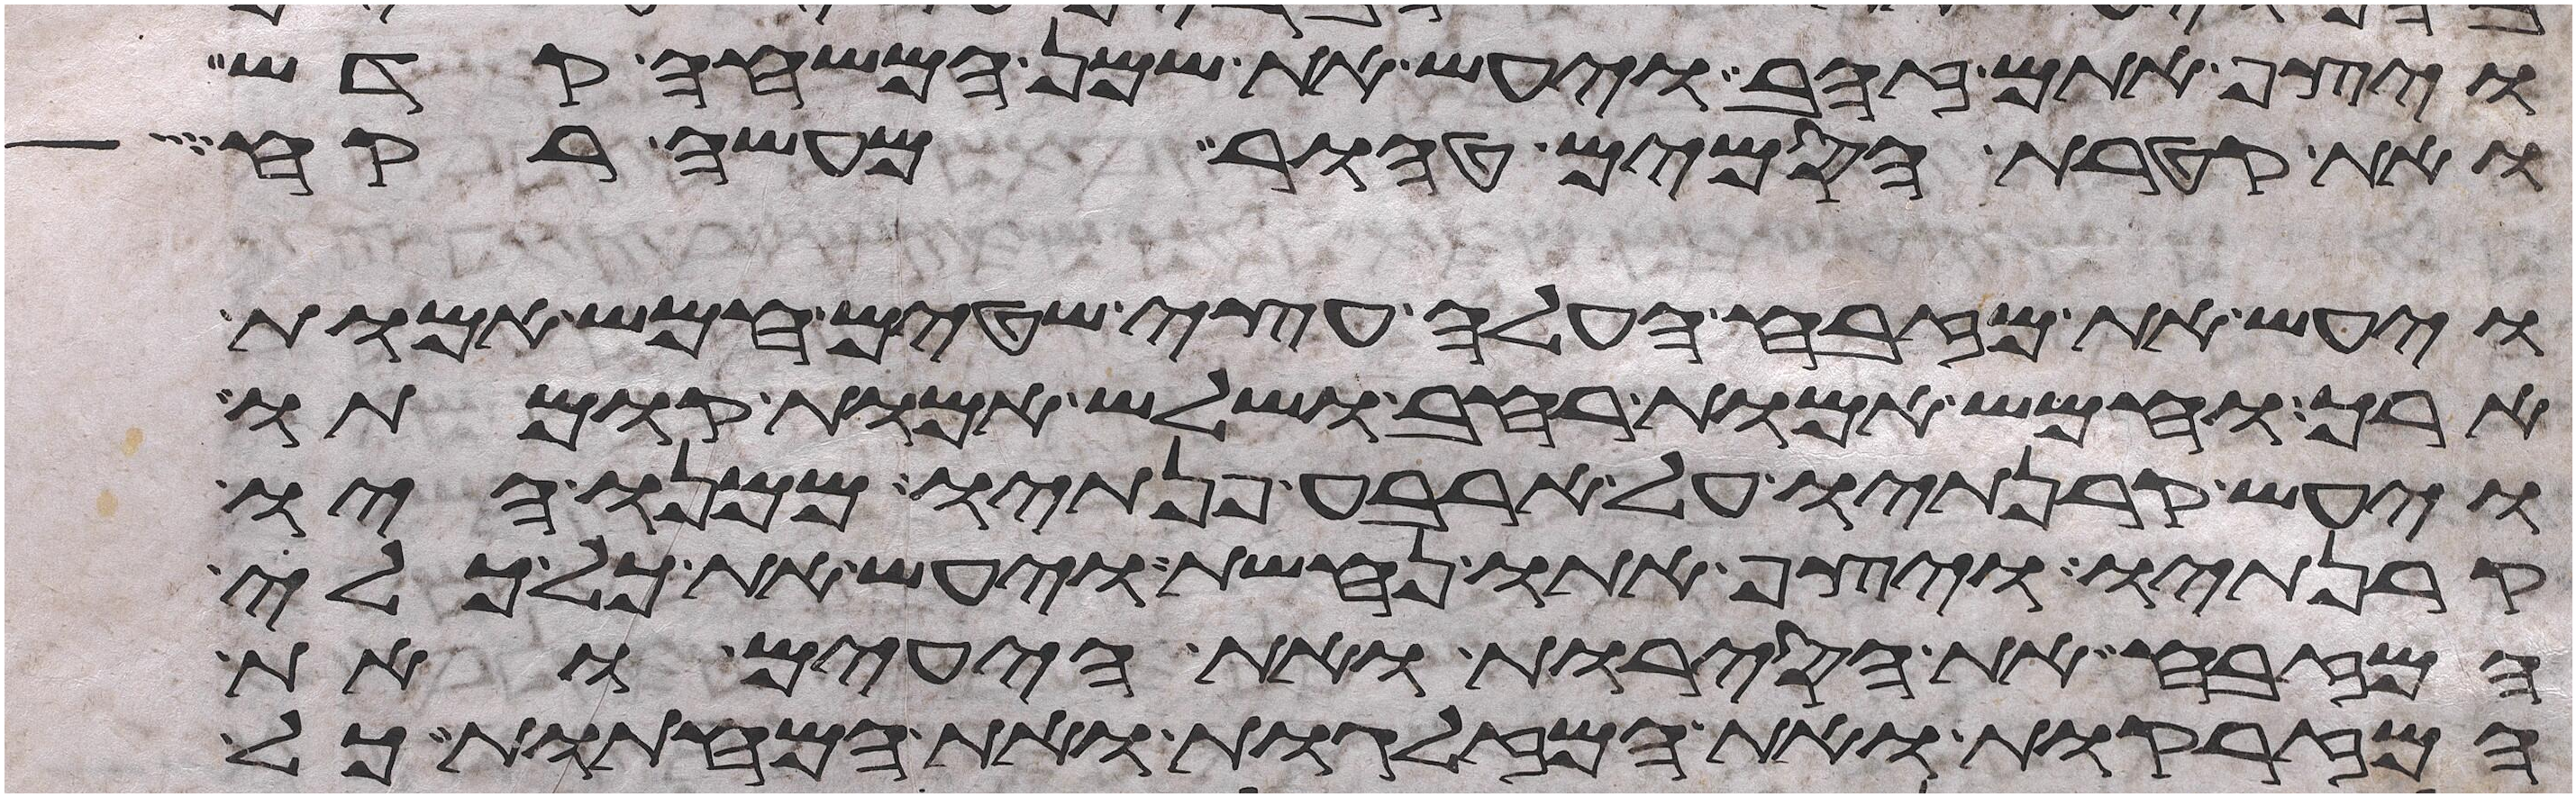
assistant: ויצף אתם זהב ויעש את שמן המשחה קדש
ואת קטרת הסמים טהור מעשה רקח
ויעש את מזבח העלה עצי שטים חמש אמות
ארך וחמש אמות רחב ושלש אמות קומתו
ויעש קרנתיו על ארבע פנתיו ממנו היו
קרנתיו ויצף אתו נחשת ויעש את כל כלי
המזבח את הסירות ואת היעים ואת
המזרקות ואת המזלגות ואת המחתות כל